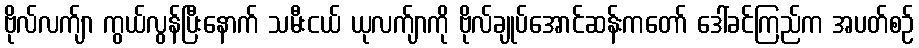
ဗိုလ်လက်ျာ ကွယ်လွန်ပြီးနောက် သမီးငယ် ယုလက်ျာကို ဗိုလ်ချုပ်အောင်ဆန်းကတော် ဒေါ်ခင်ကြည်က အပတ်စဉ်